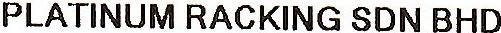
PLATINUM RACKING SDN BHD